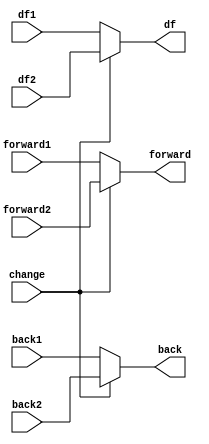
// bb_c.v


module bb_c(
                   change,
                   forward,
                   forward1,
                   forward2,
                   back,
                   back1,
                   back2,
                   df,
                   df1,
                   df2
                   );

input change;

output forward;
output back;
output df;

input forward1;
input forward2;
input back1;
input back2;
input df1;
input df2;

assign forward = (!change)? forward1:forward2;
assign back    = (!change)? back1:back2;
assign df      = (!change)? df1:df2;

endmodule